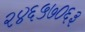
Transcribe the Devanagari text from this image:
२४६५७०६३